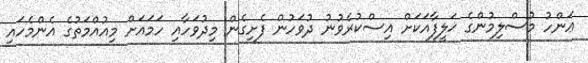
ޢަންހު މުސްލިމުންގެ ޚަލީފާއަކަށް އިސްކުރެވުނު ދުވަހުން ފެށިގެން މިދުވަހާއި ހަމައަށް މިއުއްމަތުގެ އެންމެހައި